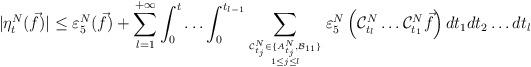
LaTeX: \begin{align*}|\eta_t^N(\vec{f})|\leq \varepsilon_5^N(\vec{f})+\sum_{l=1}^{+\infty}\int_0^t\ldots\int_0^{t_{l-1}}\sum_{\mathcal{C}_{t_j}^N\in \{A_{t_j}^N, \mathcal{B}_{11}\}\atop 1\leq j\leq l}\varepsilon_5^N\left(\mathcal{C}_{t_{l}}^N\ldots\mathcal{C}_{t_1}^N\vec{f}\right)dt_1dt_2\ldots dt_{l}\end{align*}